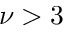
\nu > 3